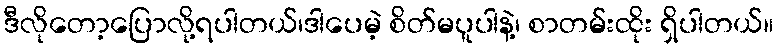
ဒီလိုတော့ပြောလို့ရပါတယ်၊ဒါပေမဲ့ စိတ်မပူပါနဲ့၊ စာတမ်းထိုး ရှိပါတယ်။